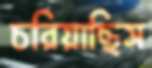
চরিয়াছিস